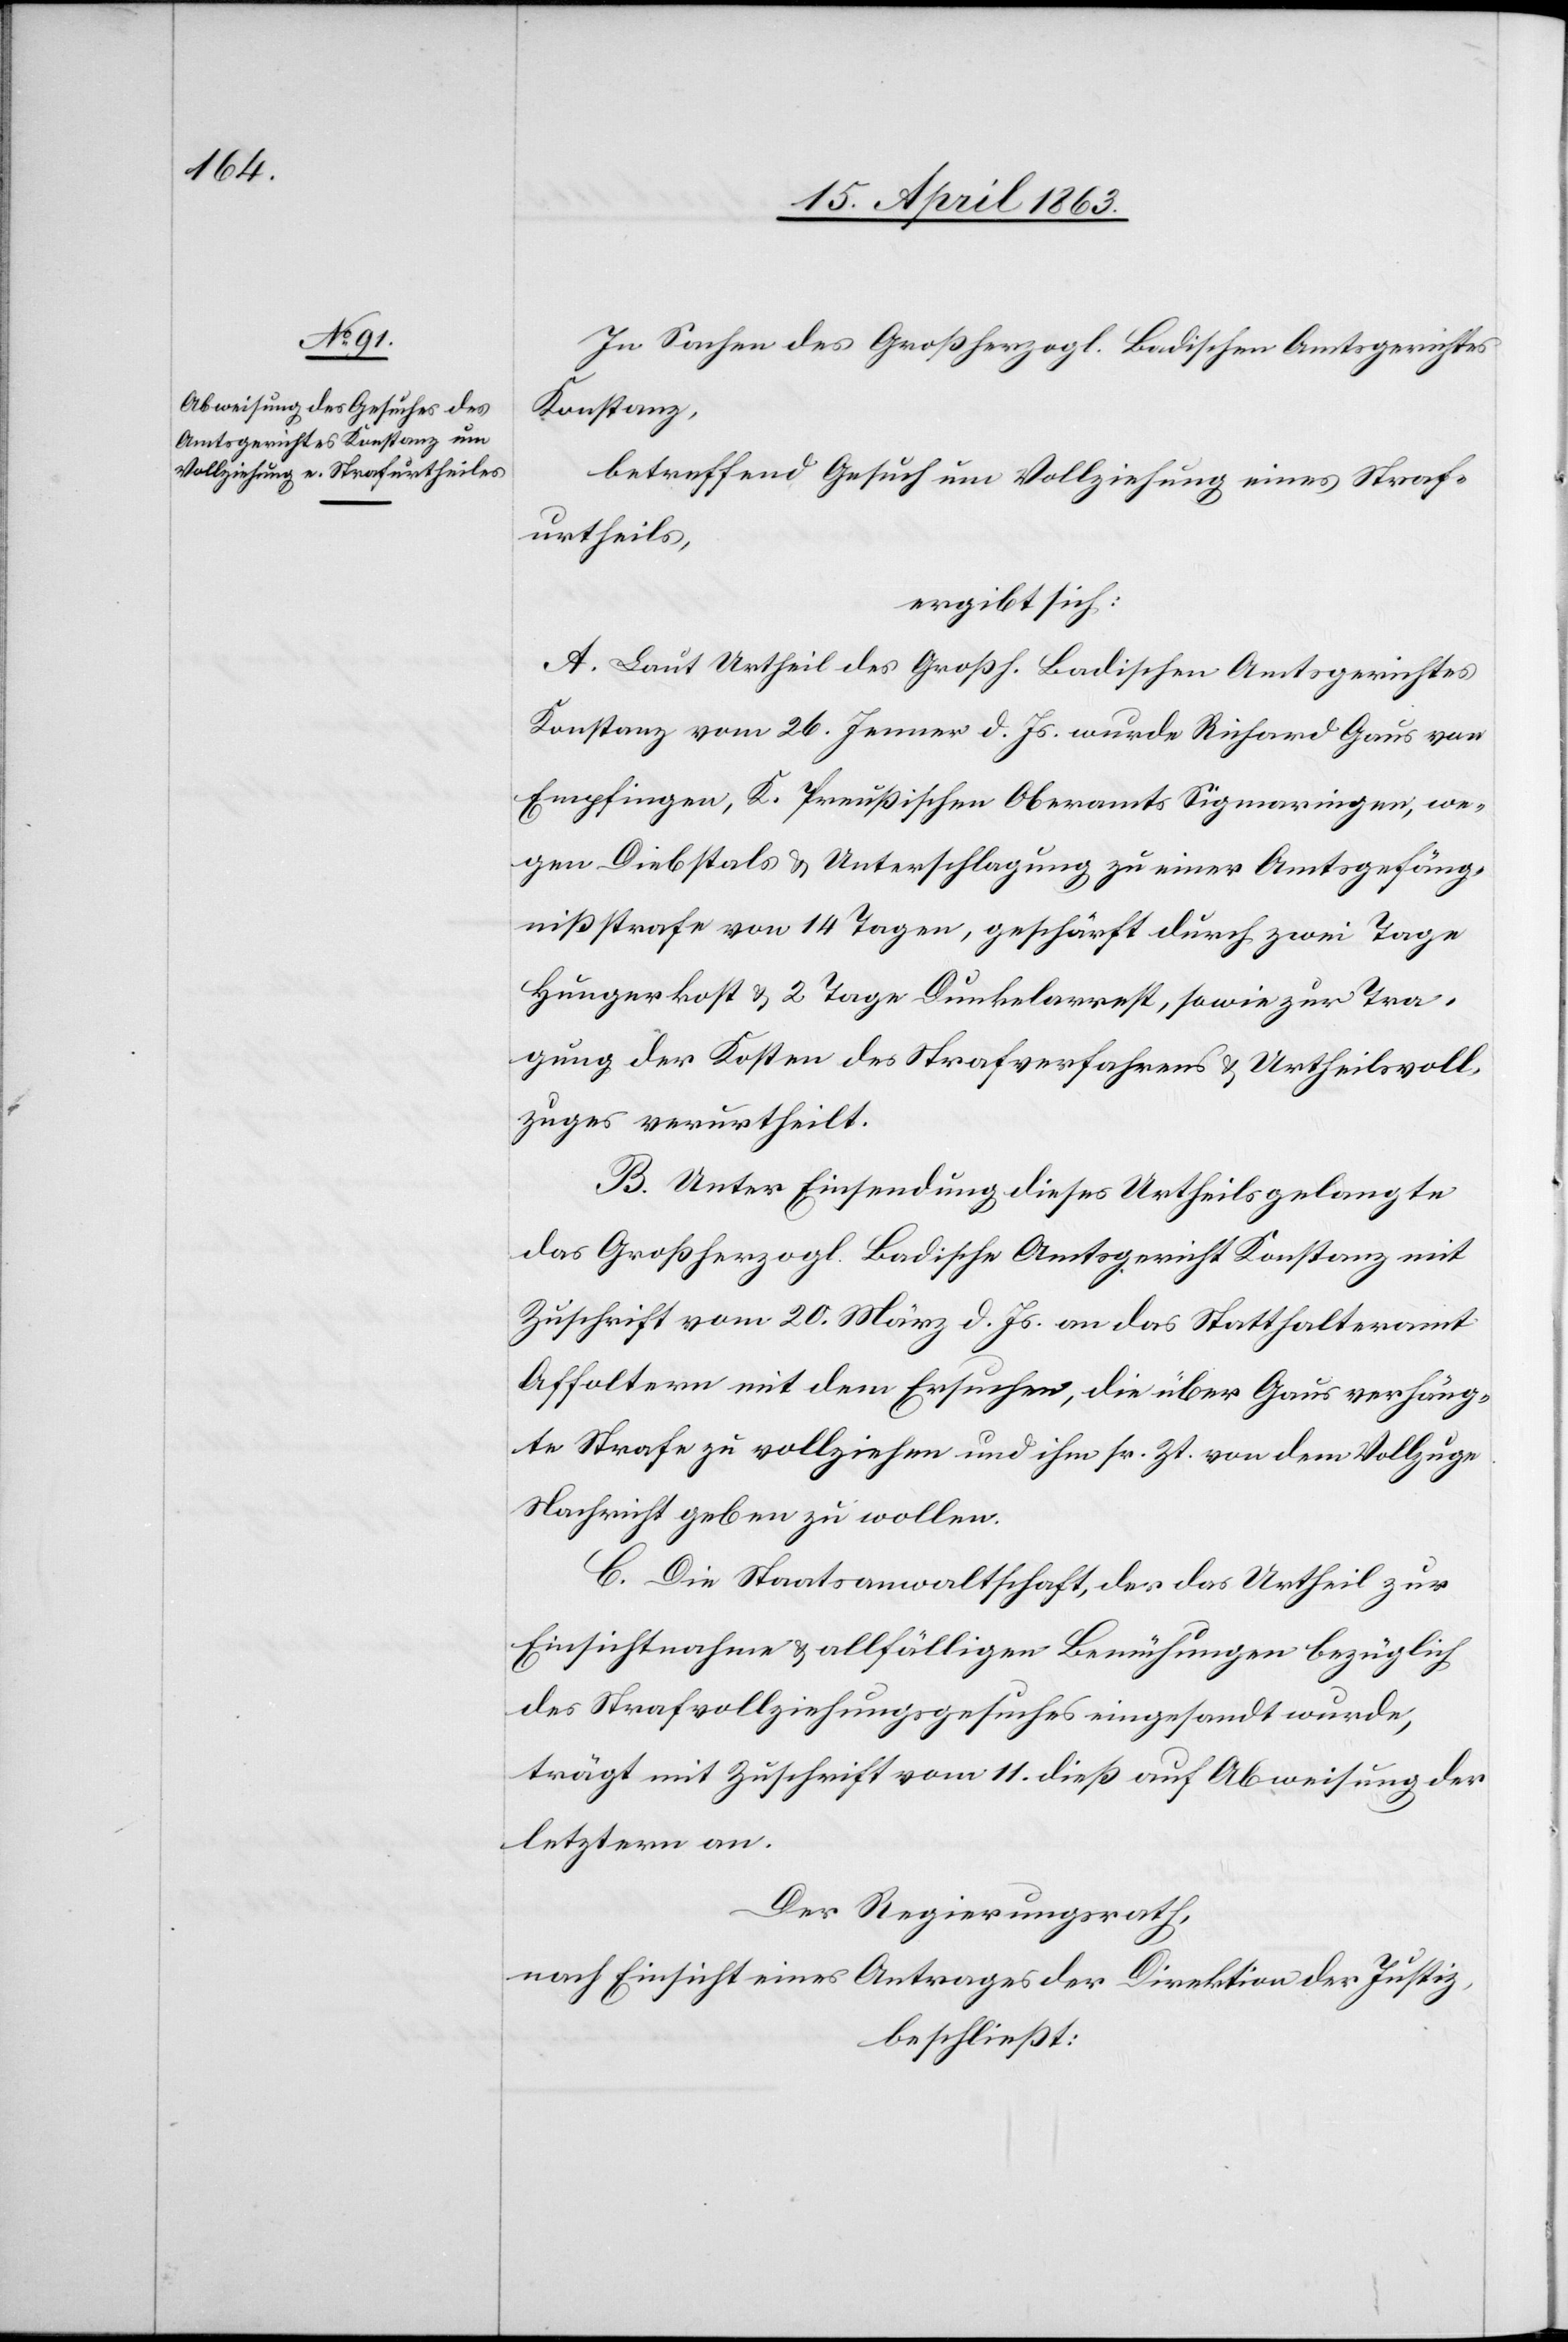
In Sachen des Großherzogl. Badischen Amtsgerichtes
Konstanz,
betreffend Gesuch um Vollziehung eines Straf¬
urtheils,
ergibt sich:
A. Laut Urtheil des Großh. Badischen Amtsgerichtes
Konstanz vom 26. Jenner d. Js. wurde Richard Gaus von
Empfingen, K. Preußischen Oberamts Sigmaringen, we¬
gen Diebstals & Unterschlagung zu einer Amtsgefäng¬
nißstrafe von 14 Tagen, geschärft durch zwei Tage
Hungerkost & 2 Tage Dunkelarrest, sowie zur Tra¬
gung der Kosten des Strafverfahrens & Urtheilsvoll¬
zuges verurtheilt.
B. Unter Einsendung dieses Urtheils gelangte
das Großherzogl. Badische Amtsgericht Konstanz mit
Zuschrift vom 20. März d. Js. an das Statthalteramt
Affoltern mit dem Ersuchen, die über Gaus verhäng¬
te Strafe zu vollziehen und ihm sr. Zt. von dem Vollzuge
Nachricht geben zu wollen.
C. Die Staatsanwaltschaft, der das Urtheil zur
Einsichtnahme & allfälligen Bemühungen bezüglich
des Strafvollziehungsgesuches eingesandt wurde,
trägt mit Zuschrift vom 11. dieß auf Abweisung der
letztern an.
Der Regierungsrath,
nach Einsicht eines Antrages der Direktion der Justiz,
beschließt: